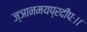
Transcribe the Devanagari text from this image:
ज्ञानमयप्रदीपः।।